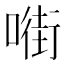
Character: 𱔡